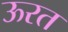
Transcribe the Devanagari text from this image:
ऊरत